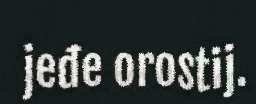
jeđe orostij.